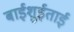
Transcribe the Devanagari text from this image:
बाईशुईताई